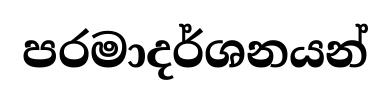
පරමාදර්ශනයන්